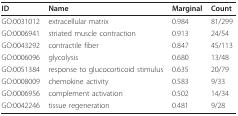
| ID | Name | Marginal | Count |
 | --- | --- | --- | --- |
 | GO:0031012 | extracellular matrix | 0.984 | 81/299 |
 | GO:0006941 | striated muscle contraction | 0.913 | 24/54 |
 | GO:0043292 | contractile fiber | 0.847 | 45/113 |
 | GO:0006096 | glycolysis | 0.680 | 13/48 |
 | GO:0051384 | response to glucocorticoid stimulus | 0.635 | 20/79 |
 | GO:0008009 | chemokine activity | 0.583 | 9/33 |
 | GO:0006956 | complement activation | 0.502 | 14/34 |
 | GO:0042246 | tissue regeneration | 0.481 | 9/28 |